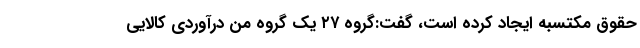
حقوق مکتسبه ایجاد کرده است، گفت:گروه ۲۷ یک گروه من درآوردی کالایی